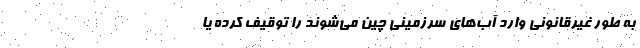
به طور غیرقانونی وارد آب‌های سرزمینی چین می‌شوند را توقیف کرده یا